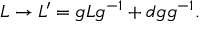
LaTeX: L \rightarrow L ^ { \prime } = g L g ^ { - 1 } + d g g ^ { - 1 } .